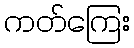
ကတ်ကြေး